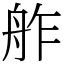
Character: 舴